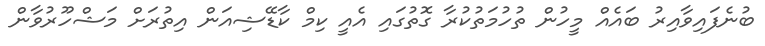
ބުނެފައިވާއިރު ބައެއް މީހުން ތުހުމަތުކުރާ ގޮތުގައި އެއީ ކިމް ކާޑޭޝިއަން އިތުރަށް މަޝްހޫރުވާން